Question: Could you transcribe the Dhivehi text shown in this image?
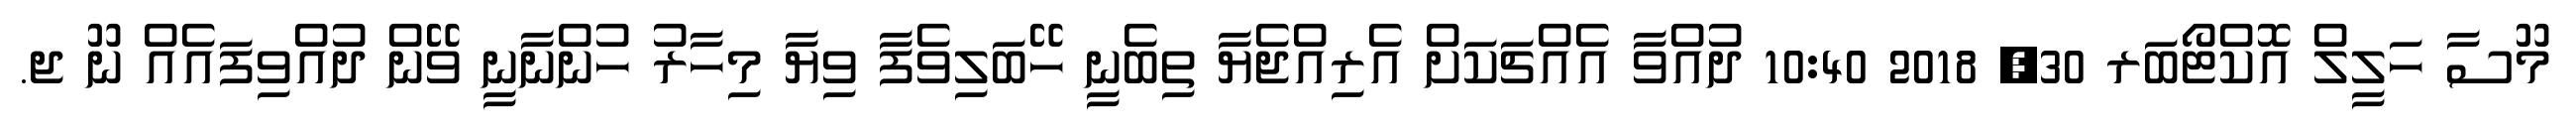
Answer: މޫސާ ހަލީލް އޮކްޓޯބަރ 30, 2018 10:40 ދުއްވާ އެއްޗަކަށް އެރިއްޖެޔާ ތިބެނީ ހޭބަލިވެފާ ވިޔާ މިހާރު ހުންނާނީ ވޭން ދުއްވިފައެއް ނޫ ޖ.